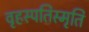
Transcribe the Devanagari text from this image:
वृहस्पतिस्मृति